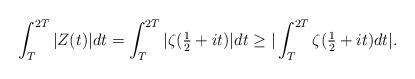
LaTeX: \begin{align*}\int_{T}^{2T}\vert Z(t) \vert dt = \int_{T}^{2T}\vert \zeta(\tfrac{1}{2}+it) \vert dt \geq \vert \int_{T}^{2T}\zeta(\tfrac{1}{2}+it) dt \vert. \end{align*}